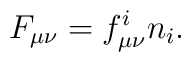
F_{\mu \nu }=f_{\mu \nu }^in_i.